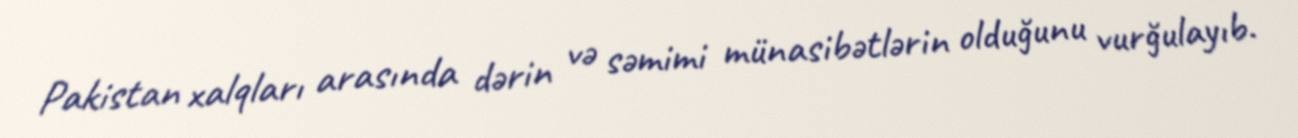
Pakistan xalqları arasında dərin və səmimi münasibətlərin olduğunu vurğulayıb.